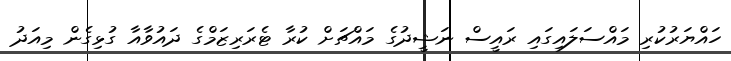
ހައްޔަރުކުރި މައްސަލައިގައި ރައީސް ނަޝީދުގެ މައްޗަށް ކުރާ ޓެރަރިޒަމްގެ ދައުވާއާ ގުޅިގެން މިއަދު